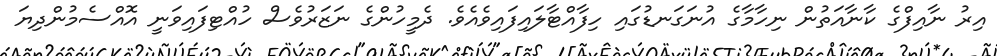
އިރު ނާއިފްގެ ކާނާއަތުން ނިހާމާގެ އުނަގަނޑުގައި ހިފާއްޓާލައިފައިވެއެވެ. ދެމީހުންގެ ނަޒަރުވެސް ހުއްޓިފައިވަނީ އޮއްސެމުންދިޔަ